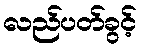
လည်ပတ်ခွင့်